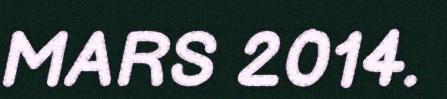
MARS 2014.